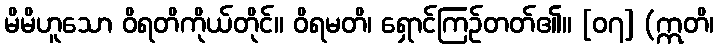
မိမိဟူသော ဝိရတိကိုယ်တိုင်။ ဝိရမတိ၊ ရှောင်ကြဉ်တတ်၏။ [၀၇] (ဣတိ၊